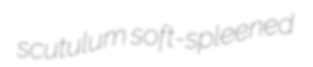
scutulum soft-spleened